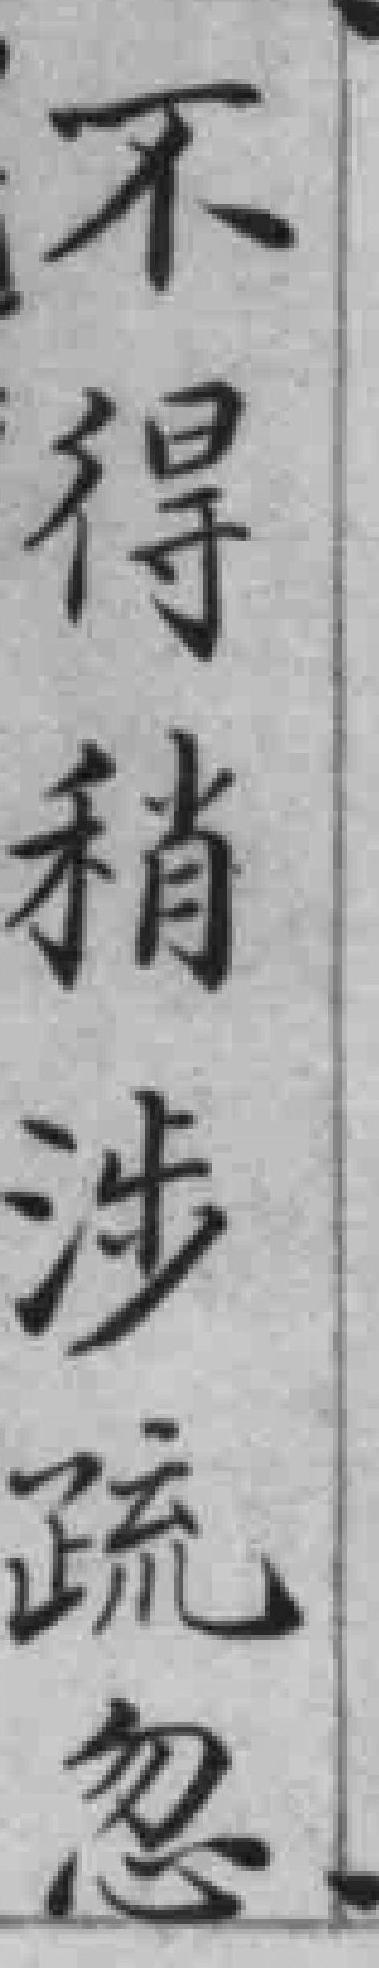
不得稍涉疏忽